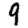
Digit: 9